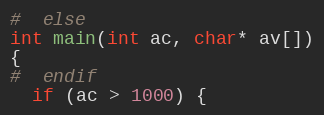
Language: C
#  else
int main(int ac, char* av[])
{
#  endif
  if (ac > 1000) {